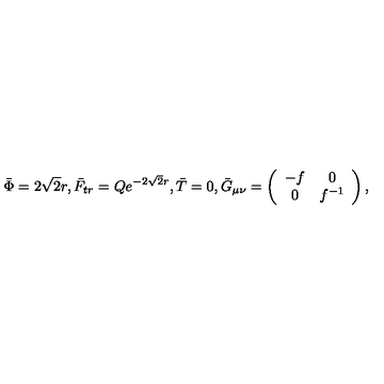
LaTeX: \bar { \Phi } = 2 \sqrt 2 r , \bar { F } _ { t r } = Q e ^ { - 2 \sqrt 2 r } , \bar { T } = 0 , { } \bar { G } _ { \mu \nu } = \left( \begin{array} { c c } { - f } & { 0 } \\ { 0 } & { f ^ { - 1 } } \\ \end{array} \right) ,